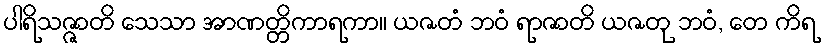
ပါရိသဇ္ဇာတိ သေသာ အာဏတ္တိကာရကာ။ ယဇတံ ဘဝံ ရာဇာတိ ယဇတု ဘဝံ, တေ ကိရ